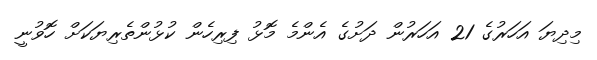
މިދިޔަ އަހަރުގެ 21 އަހަރުން ދަށުގެ އެންމެ މޮޅު ފިރިހެން ކުޅުންތެރިޔަކަށް ހޮވުނީ